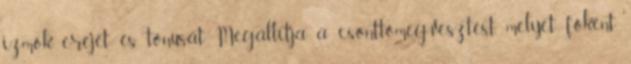
izmok erejét és tónusát Megállítja a csonttömeg-vesztést, melyet főként